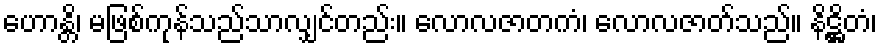
ဟောန္တိ၊ မဖြစ်ကုန်သည်သာလျှင်တည်း။ လောလဇာတကံ၊ လောလဇာတ်သည်။ နိဋ္ဌိတံ၊